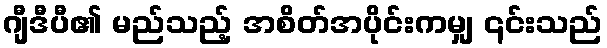
ဂျီဒီပီ၏ မည်သည့် အစိတ်အပိုင်းကမျှ ၎င်းသည်